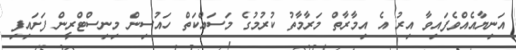
އަނިޔާއެއްވެފައިވާ އިރު އެ އިމާރާތް މަރާމާތު ކުރުމުގެ މަސައްކަތް ހައުސިން މިނިސްޓްރީން ފަށައިފި